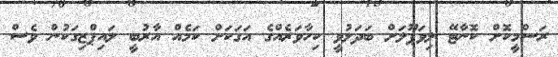
ރަސްމީކޮށް ކޮނާޓޭ ލިވަޕޫލަށް ބަދަލުވީ ކިހާވަރެއްގެ އަގަކަށް ކަމެއް އާރުބީ ލައިޕްޒިގަކުން ވެސް